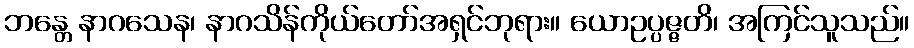
ဘန္တေ နာဂသေန၊ နာဂသိန်ကိုယ်တော်အရှင်ဘုရား။ ယောဥပ္ပဇ္ဇတိ၊ အကြင်သူသည်။